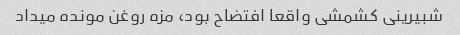
شبیرینی کشمشی واقعا افتضاح بود، مزه روغن مونده میداد